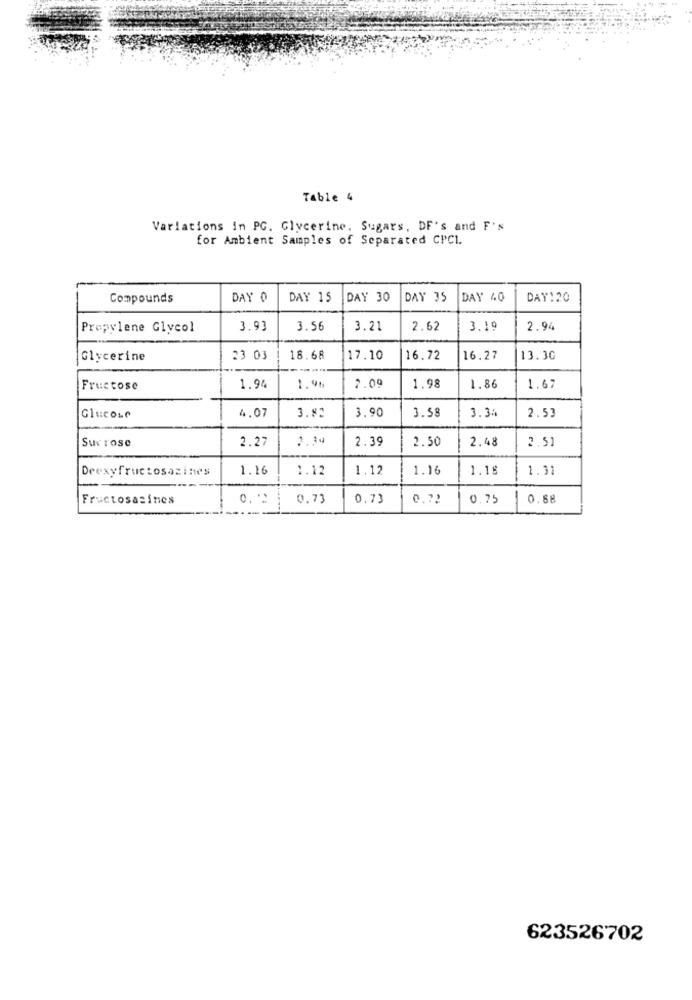
Table 4
Variations in PG. Glycerine. Sugars, DF's and F's
for Ambient Samples of Separated CPCI.
Compounds
DAY 0
DAY 15
DAY 30
DAY 35
DAY 40
DAY:20
Propylene Glycol
3.93
3.56
3.21
2.62
3.19
2.94
Glycerine
23 03
18.68
17.10
16.72
16.27
13.30
Fructose
1.94
1.46
2.09
1.98
1.86
1.67
Glucose
4.07
3.80
3.90
3.58
3.34
2.53
2.27
2.30
2.39
2.50
2.48
2.51
Sur rose
Deexyfructosazines
1.16
1.12
1.12
1.16
1.18
1.31
Fructosasines
0. 2
0.73
0.73
0.72
0.75
0.68
623526702